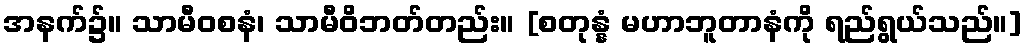
အနက်၌။ သာမီဝစနံ၊ သာမီဝိဘတ်တည်း။ [စတုန္နံ မဟာဘူတာနံကို ရည်ရွယ်သည်။]